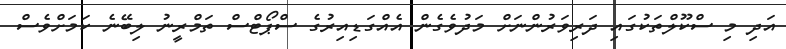
އަދި މި ސްކޫލްތަކުގައި ދަރިވަރުންނަށް މަދުވެގެން އެއްގަޑިއިރުގެ ސްޕޯޓްސް ތަމްރީނު ލިބޭނެ ކަމަށްވެސް